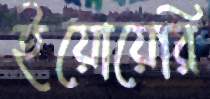
ইয়োয়েরি